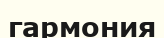
гармония